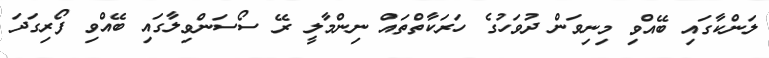
ލަންކާގައި ބޭއްވި މިނިވަން ދުވަހުގެ ހަރަކާތްތައް ނިންމާލީ ރޭ ސޯސަންވިލާގައި ބޭއްވި ފޯރިގަދަ